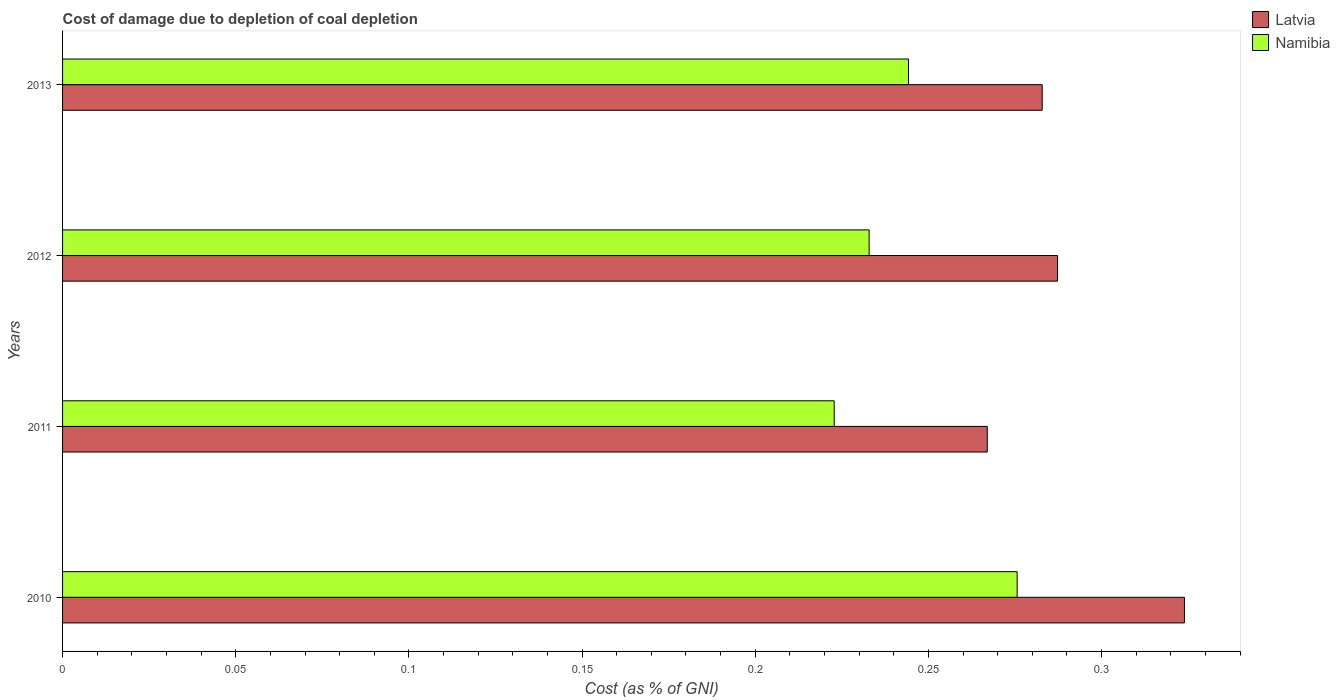
| Years | Latvia | Namibia |
 | --- | --- | --- |
 | 2010 | 0.324 | 0.276 |
 | 2011 | 0.267 | 0.223 |
 | 2012 | 0.287 | 0.233 |
 | 2013 | 0.283 | 0.244 |